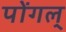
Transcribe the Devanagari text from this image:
पोंगल्